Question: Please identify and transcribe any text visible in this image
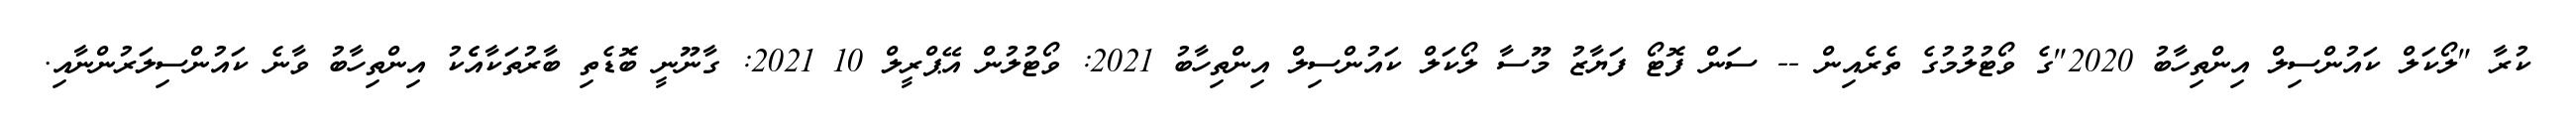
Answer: ކުރާ "ލޯކަލް ކައުންސިލް އިންތިހާބު 2020"ގެ ވޯޓުލުމުގެ ތެރެއިން -- ސަން ފޮޓޯ ފަޔާޒު މޫސާ ލޯކަލް ކައުންސިލް އިންތިހާބު 2021: ވޯޓުލުން އޭޕްރީލް 10 2021: ގާނޫނީ ބޮޑެތި ބާރުތަކާއެެކު އިންތިހާބު ވާނެ ކައުންސިލަރުންނާއި.